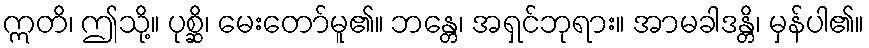
ဣတိ၊ ဤသို့။ ပုစ္ဆိ၊ မေးတော်မူ၏။ ဘန္တေ၊ အရှင်ဘုရား။ အာမခါဒန္တိ၊ မှန်ပါ၏။